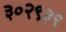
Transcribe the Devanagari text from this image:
३०२९३९